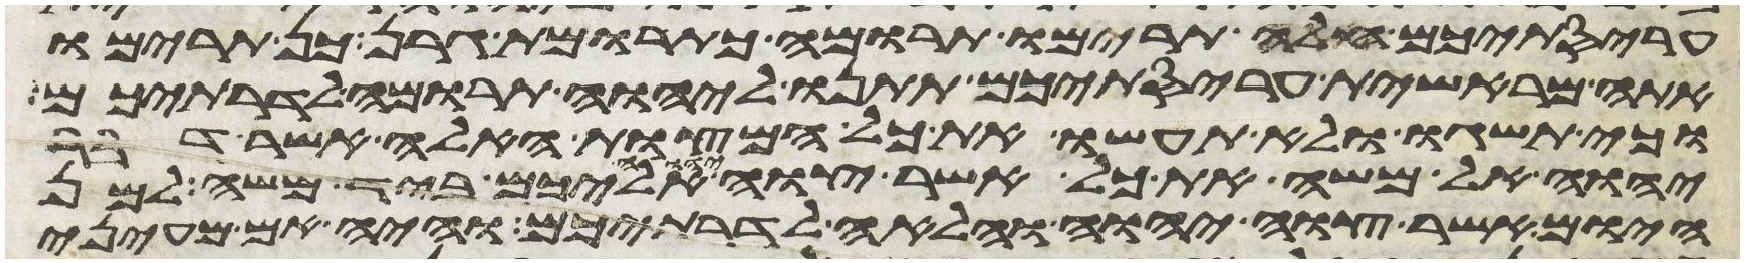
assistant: עריסתיכם חלה תרימו תרומה כתרומת גרן כן תרימו
אתה מראשית עריסתיכם תתנו ליהוה תרומה לדרתיכם
וכי תשגו ולא תעשו את כל המצות האלה אשר דבר
יהוה אל משה את כל אשר צוה יהוה אליכם ביד משה למן
היום אשר צוה יהוה והלאה לדרתיכם והיה אם מעיני